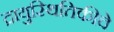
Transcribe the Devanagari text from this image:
द्रायुस्थितिकीचे